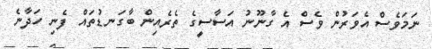
ނަމަވެސް އެވަރުން ވެސް އެ ގާނޫނު އަސާސީގެ ތެރެއިން ބާގަނޑުތައް ފެނި ހަދާނެ